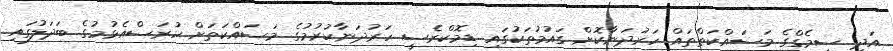
އަދި ސީމެގްގެ މަސައްކަތްތައް ހަރުދަނާކޮށް ގައުމުތަކުގައި ޑިމޮކްރެސީ ހަރުދަނާކުރުމުގެ މަސައްކަތަށް ހުރަސްއެޅުމުގެ ބަދަލުގައި